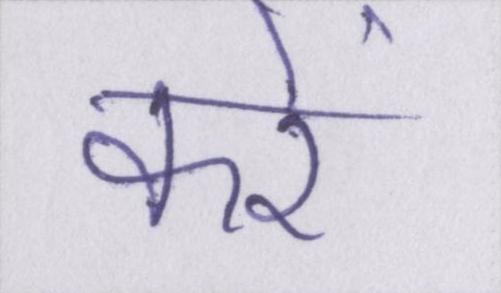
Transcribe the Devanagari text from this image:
करें